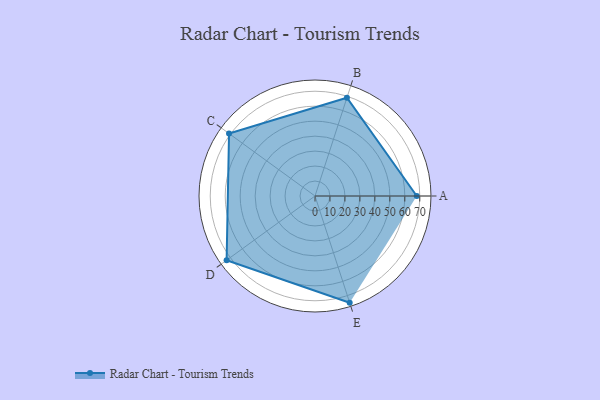
{"axis": {"x": "Skill", "y": "Score"}, "legend": ["Profile"], "data": [{"x": "A", "y": 68.0, "type": "Profile"}, {"x": "B", "y": 69.0, "type": "Profile"}, {"x": "C", "y": 71.0, "type": "Profile"}, {"x": "D", "y": 73.0, "type": "Profile"}, {"x": "E", "y": 75.0, "type": "Profile"}]}